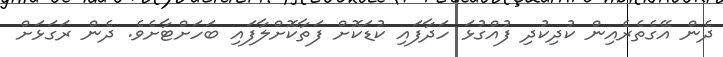
ދެން އޭގެތެރެއިން ކުދިކުދި ފުއްގުޅަ ހަދާފައި ކުޑަކޮށް ފަތާކޮށްލާފައި ބަހަށްޓާށެވެ. ދެން ރަގަޅަށް